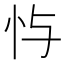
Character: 𫹮